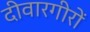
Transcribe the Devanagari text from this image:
दीवारगीरों